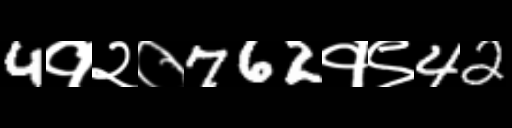
Text: 4१२०762१९42